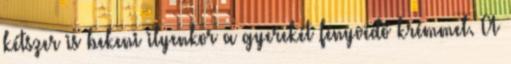
kétszer is bekeni ilyenkor a gyerekét fényvédő krémmel. A